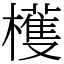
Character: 檴